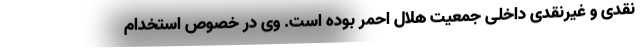
نقدی و غیرنقدی داخلی جمعیت هلال احمر بوده است. وی در خصوص استخدام